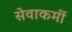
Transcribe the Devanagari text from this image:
सेवाकर्मी